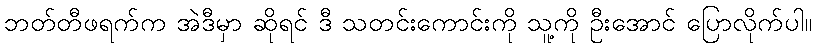
ဘတ်တီဖရက်က အဲဒီမှာ ဆိုရင် ဒီ သတင်းကောင်းကို သူ့ကို ဦးအောင် ပြောလိုက်ပါ။